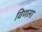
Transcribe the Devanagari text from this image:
विणला